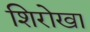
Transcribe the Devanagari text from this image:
शिरोखा